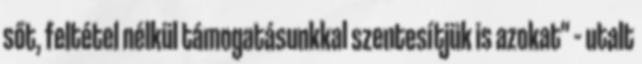
sőt, feltétel nélkül támogatásunkkal szentesítjük is azokat" – utalt